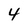
Character: 4